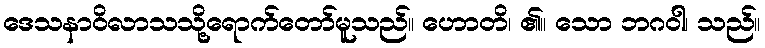
ဒေသနာဝိလာသသို့ရောက်တော်မူသည်။ ဟောတိ၊ ၏။ သော ဘဂဝါ၊ သည်။